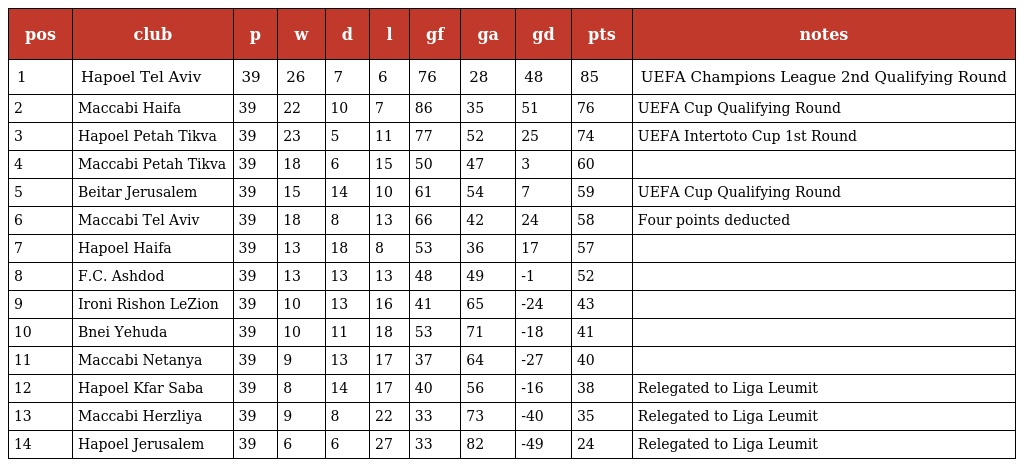
| pos | club | p | w | d | l | gf | ga | gd | pts | notes |
 | --- | --- | --- | --- | --- | --- | --- | --- | --- | --- | --- |
 | 1 | Hapoel Tel Aviv | 39 | 26 | 7 | 6 | 76 | 28 | 48 | 85 | UEFA Champions League 2nd Qualifying Round |
 | 2 | Maccabi Haifa | 39 | 22 | 10 | 7 | 86 | 35 | 51 | 76 | UEFA Cup Qualifying Round |
 | 3 | Hapoel Petah Tikva | 39 | 23 | 5 | 11 | 77 | 52 | 25 | 74 | UEFA Intertoto Cup 1st Round |
 | 4 | Maccabi Petah Tikva | 39 | 18 | 6 | 15 | 50 | 47 | 3 | 60 |  |
 | 5 | Beitar Jerusalem | 39 | 15 | 14 | 10 | 61 | 54 | 7 | 59 | UEFA Cup Qualifying Round |
 | 6 | Maccabi Tel Aviv | 39 | 18 | 8 | 13 | 66 | 42 | 24 | 58 | Four points deducted |
 | 7 | Hapoel Haifa | 39 | 13 | 18 | 8 | 53 | 36 | 17 | 57 |  |
 | 8 | F.C. Ashdod | 39 | 13 | 13 | 13 | 48 | 49 | -1 | 52 |  |
 | 9 | Ironi Rishon LeZion | 39 | 10 | 13 | 16 | 41 | 65 | -24 | 43 |  |
 | 10 | Bnei Yehuda | 39 | 10 | 11 | 18 | 53 | 71 | -18 | 41 |  |
 | 11 | Maccabi Netanya | 39 | 9 | 13 | 17 | 37 | 64 | -27 | 40 |  |
 | 12 | Hapoel Kfar Saba | 39 | 8 | 14 | 17 | 40 | 56 | -16 | 38 | Relegated to Liga Leumit |
 | 13 | Maccabi Herzliya | 39 | 9 | 8 | 22 | 33 | 73 | -40 | 35 | Relegated to Liga Leumit |
 | 14 | Hapoel Jerusalem | 39 | 6 | 6 | 27 | 33 | 82 | -49 | 24 | Relegated to Liga Leumit |